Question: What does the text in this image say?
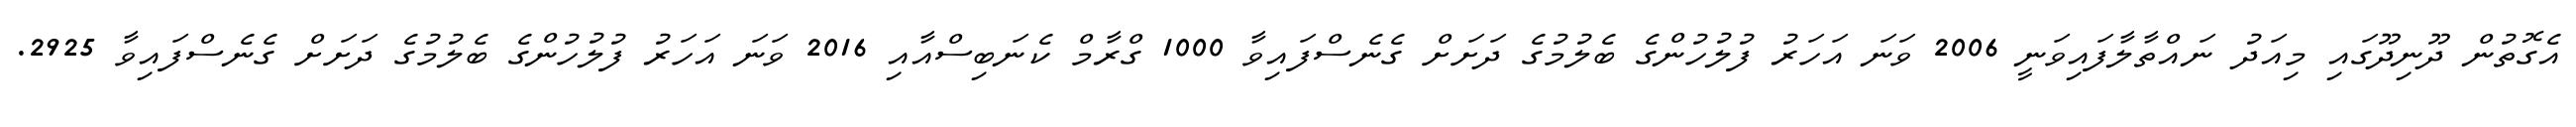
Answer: އެގޮތުން ދޫނިދޫގައި މިއަދު ނައްތާލާފައިވަނީ 2006 ވަނަ އަހަރު ފުލުހުންގެ ބެލުމުގެ ދަށަށް ގެނެސްފައިވާ 1000 ގްރާމް ކެނަބިސްއާއި 2016 ވަނަ އަހަރު ފުލުހުންގެ ބެލުމުގެ ދަށަށް ގެނެސްފައިވާ 2925.